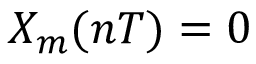
X _ { m } ( n T ) = 0